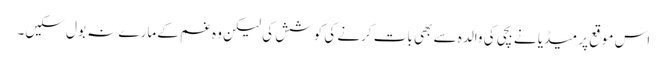
اس موقع پر میڈیا نے بچی کی والدہ سے بھی بات کرنے کی کوشش کی لیکن وہ غم کے مارے نہ بول سکیں۔